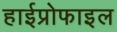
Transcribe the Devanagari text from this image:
हाईप्रोफाइल